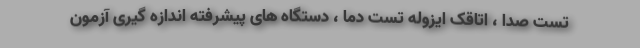
تست صدا ، اتاقک ایزوله تست دما ، دستگاه های پیشرفته اندازه گیری آزمون